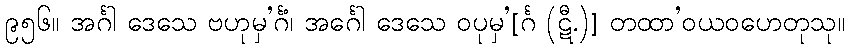
၉၅၆။ အင်္ဂါ ဒေသေ ဗဟုမှ’င်္ဂံ၊ အင်္ဂေါ ဒေသေ ဝပုမှ’[င်္ဂ (ဋီ.)] တထာ’ဝယဝဟေတုသု။